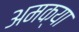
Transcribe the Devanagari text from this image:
अमक्या